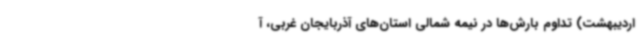
اردیبهشت) تداوم بارش‌ها در نیمه شمالی استان‌های آذربایجان غربی، آ